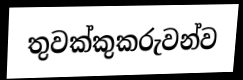
තුවක්කුකරුවන්ව